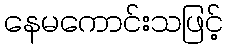
နေမကောင်းသဖြင့်